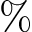
\%